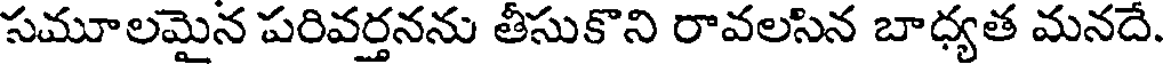
సమూలమైన పరివర్తనను తీసుకొని రావలసిన బాధ్యత మనదే.